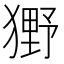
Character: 𤡒